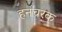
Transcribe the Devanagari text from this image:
हनचरक